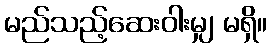
မည်သည့်ဆေးဝါးမျှ မရှိ။